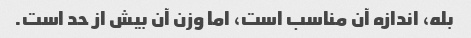
بله، اندازه آن مناسب است، اما وزن آن بیش از حد است.